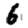
Digit: 6